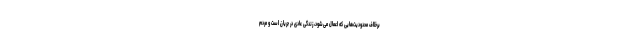
برخلاف محدودیت‌هایی که اعمال می‌شود، زندگی عادی در جریان است و مردم